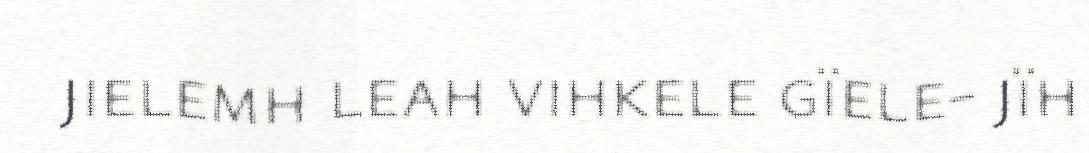
jielemh leah vihkele gïele- jïh